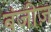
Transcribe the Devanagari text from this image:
बंजीज़